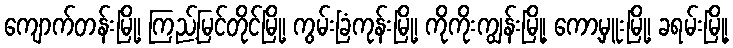
ကျောက်တန်းမြို့၊ ကြည့်မြင်တိုင်မြို့၊ ကွမ်းခြံကုန်းမြို့၊ ကိုကိုးကျွန်းမြို့၊ ကော့မှူးမြို့၊ ခရမ်းမြို့၊